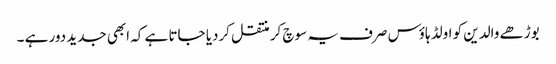
بوڑھے والدین کو اولڈ ہاؤس صرف یہ سوچ کر منتقل کردیا جاتا ہے کہ ابھی جدید دور ہے ۔